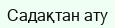
Садақтан ату